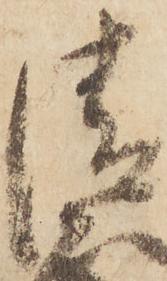
清